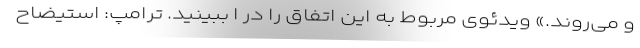
و می‌روند.» ویدئوی مربوط به این اتفاق را در ا ببینید. ترامپ: استیضاح